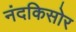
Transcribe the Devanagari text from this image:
नंदकिसोर